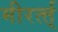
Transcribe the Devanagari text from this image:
मीरर्त्त्